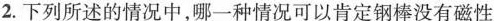
2.下列所述的情况中，哪一种情况可以肯定钢棒没有磁性